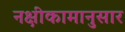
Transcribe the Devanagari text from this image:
नक्षीकामानुसार